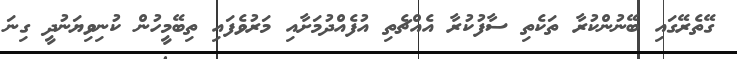
ގޭތެރޭގައި ބޭނުންކުރާ ތަކެތި ސާފުކުރާ އެއްޗެތި އުފެއްދުމަށާއި މަރުވެފައި ތިބޭމީހުން ކުނިވިޔަނުދީ ގިނަ